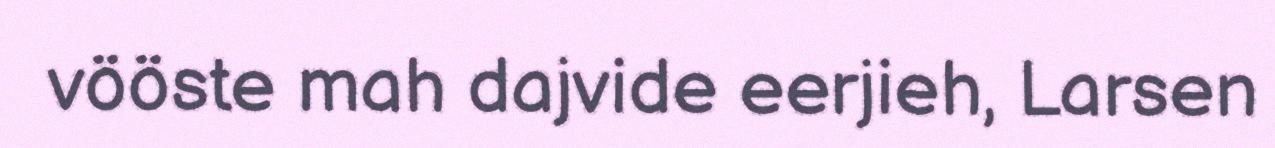
vööste mah dajvide eerjieh, Larsen